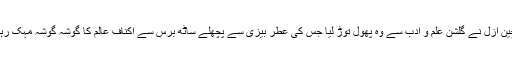
گل چین ازل نے گلشن علم و ادب سے وہ پھول توڑ لیا جس کی عطر بیزی سے پچھلے ساٹھ برس سے اکناف عالم کا گوشہ گوشہ مہک رہا تھا۔